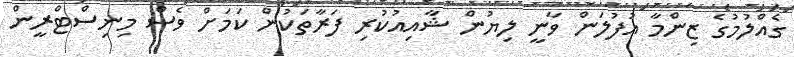
ގެއްލުމުގެ ޒިންމާ އުފުލަން ވާނީ ލިޔުން ޝާއިއުކުރި ފަރާތަކުން ކަމަށް ވެސް މިނިސްޓްރީން